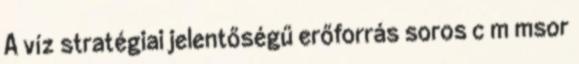
A víz stratégiai jelentőségű erőforrás soros c m msor